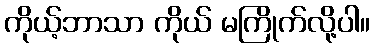
ကိုယ့်ဘာသာ ကိုယ် မကြိုက်လို့ပါ။